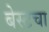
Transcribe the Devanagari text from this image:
बेस्टचा